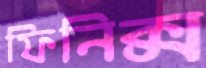
ফিনিক্স